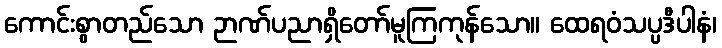
ကောင်းစွာတည်သော ဉာဏ်ပညာရှိတော်မူကြကုန်သော။ ထေရဝံသပ္ပဒီပါနံ၊